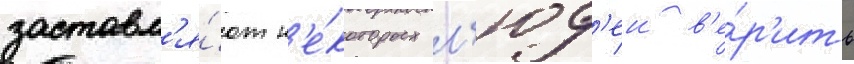
заставл'я́ют н'е́которых л'юд'еи в'е́р'ить